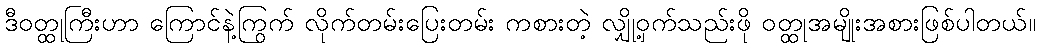
ဒီဝတ္ထုကြီးဟာ ကြောင်နဲ့ကြွက် လိုက်တမ်းပြေးတမ်း ကစားတဲ့ လျှို့ဝှက်သည်းဖို ဝတ္ထုအမျိုးအစားဖြစ်ပါတယ်။